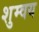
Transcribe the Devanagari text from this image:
शुम्वय